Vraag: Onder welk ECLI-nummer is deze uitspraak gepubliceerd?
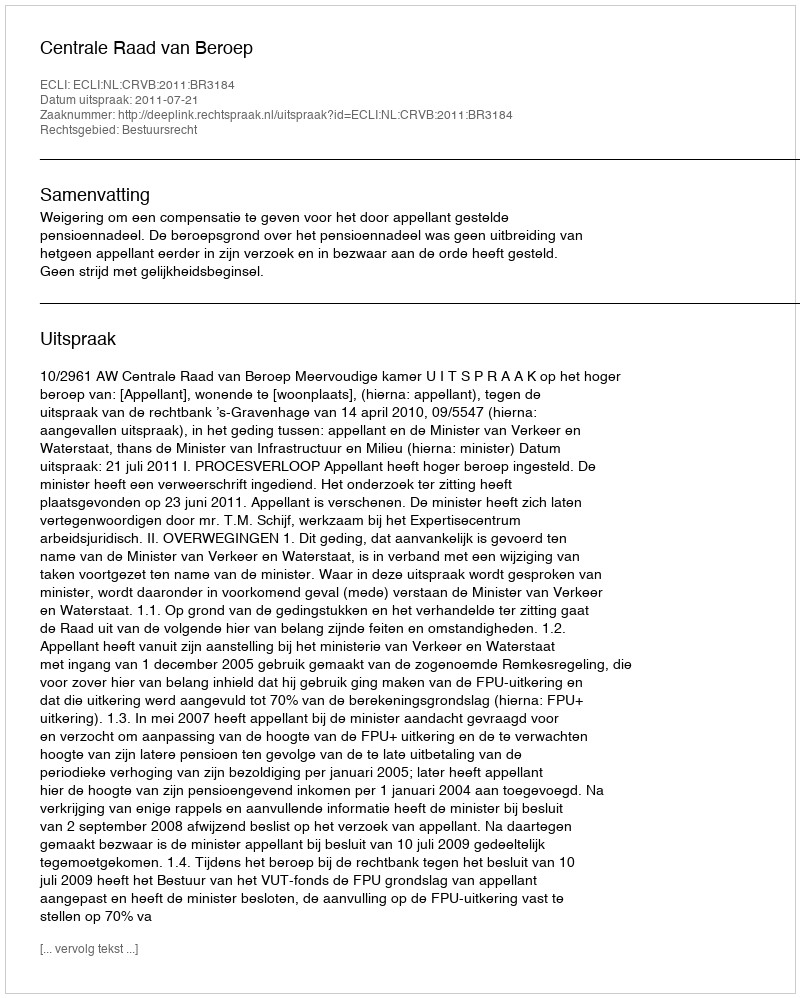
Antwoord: ECLI:NL:CRVB:2011:BR3184